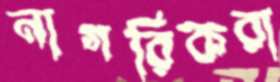
নাগরিকরা